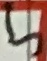
Text: 5